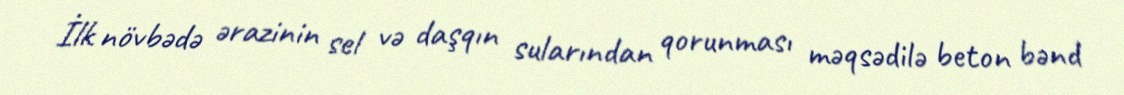
İlk növbədə ərazinin sel və daşqın sularından qorunması məqsədilə beton bənd